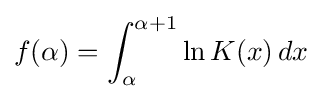
f(\alpha )=\int _{\alpha }^{\alpha +1}\ln K(x)\,dx